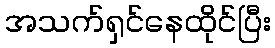
အသက်ရှင်နေထိုင်ပြီး